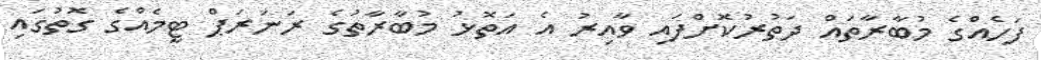
ފަހެއްގެ މުބާރާތައް ދަތުރުކޮށްފައި ވާއިރު އެ އަތޮޅު މުބާރާތުގެ ރަނަރަޕް ޓީމެއްގެ ގޮތުގައި